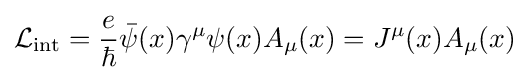
{\mathcal {L}}_{\text{int}}={\frac {e}{\hbar }}{\bar {\psi }}(x)\gamma ^{\mu }\psi (x)A_{\mu }(x)=J^{\mu }(x)A_{\mu }(x)